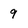
Character: 9